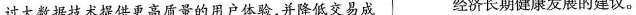
过大数据技术提供更高质量的用户体验，并降低交易成 经济长期健康发展的建议。